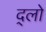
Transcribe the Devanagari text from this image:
द्लो